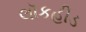
લૉકહીડ